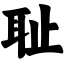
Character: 耻